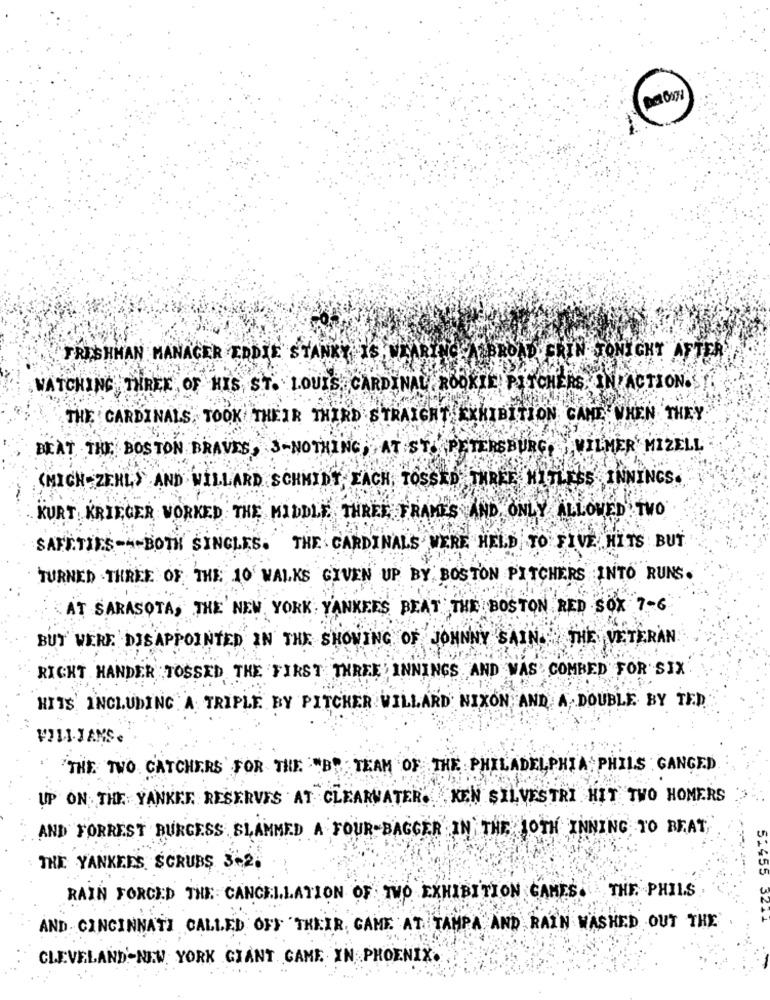
FRESHMAN MANAGER EDDIE STANKY IS, WEARING A BROAD GRIN TONIGHT AFTE
WATCHING THREE , OF HIS, ST. LOUIS, CARDINAL ROOKIE. PITCHERS, IN ACTION.
THE CARDINALS, TOOK THEIR THIRD STRAIGHT EXHIBITION CANE WHEN THEY
BEAT THE BOSTON BRAVES, J-NOTHING AT ST. PETERSBURG WILMER MIZELL
(MICH ZEHL> AND WILLARD SCHMIDT EACH, TOSSED TH
TLESS INNINGS.
KURT KRIEGER WORKED THE MIDDLE THREE FRAMES AND ONLY ALLOWED TWO
SAFETIES --- BOTH SINGLES. THE CARDINALS WERE HELD TO FIVE HITS BUT
TURNED - THREE OF THE 10 WALKS GIVEN UP BY, BOSTON PITCHERS INTO RUNS.
AT SARASOTA, THE NEW YORK YANKEES BEAT THE BOSTON RED SOX 7-6
BUT WERE DISAPPOINTED IN THE SHOWING OF JOHNNY SAIN : THE VETERAN
RIGHT HANDER TOSSED THE FIRST THREE INNINGS AND WAS COMBED FOR SIX
HITS' INCLUDING A TRIPLE BY PITCHER WILLARD NIXON AND A DOUBLE BY TED.
VILI.JANS
THE TWO CATCHERS FOR THE "B" TEAM OF THE PHILADELPHIA PHILS GANGED
UP ON THE YANKEE RESERVES AT CLEARWATER. KEN SILVESTRI HIT TWO HOMERS
AND FORREST BURGESS SLAMMED A FOUR-BAGGER IN THE MOTH INNING TO BEAT,
THE YANKEES SCRUBS 3-2.
.55
RAIN FORCED THE CANCELLATION OF TWO EXHIBITION GAMES. THE PHILS
AND CINCINNATI CALLED OFF THEIR GAME AT TAMPA AND RAIN WASHED OUT THE
CLEVELAND-NEW YORK GIANT GAME IN PHOENIX.